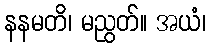
နနမတိ၊ မညွတ်။ အယံ၊